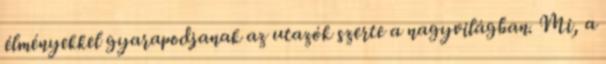
élményekkel gyarapodjanak az utazók szerte a nagyvilágban. Mi, a